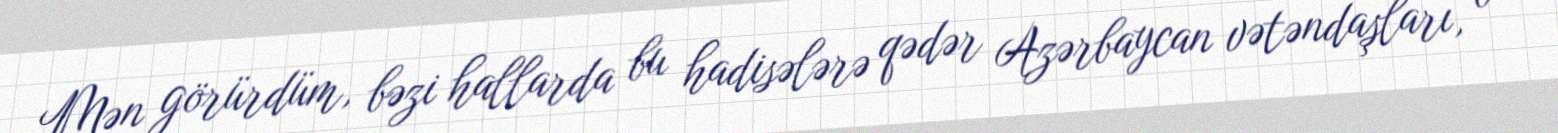
Mən görürdüm, bəzi hallarda bu hadisələrə qədər Azərbaycan vətəndaşları, o